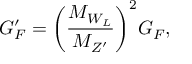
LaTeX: G _ { F } ^ { \prime } = \bigg ( { \frac { M _ { W _ { L } } } { M _ { Z ^ { \prime } } } } \bigg ) ^ { 2 } G _ { F } ,